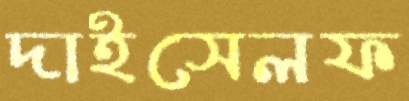
দাইসেলফ